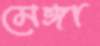
মেঙ্গা